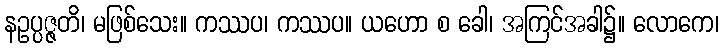
နဥပ္ပဇ္ဇတိ၊ မဖြစ်သေး။ ကဿပ၊ ကဿပ။ ယဟော စ ခေါ၊ အကြင်အခါ၌။ လောကေ၊